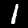
Label: 1